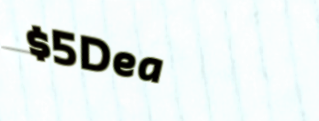
$5Deal